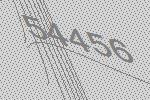
54456